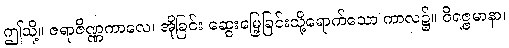
ဤသို့။ ဇရာဇိဏ္ဏကာလေ၊ အိုခြင်း ဆွေးမြေ့ခြင်းသို့ရောက်သော ကာလ၌။ ဝိရဇ္ဇမာနာ၊